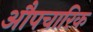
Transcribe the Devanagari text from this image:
अाैपचारिक